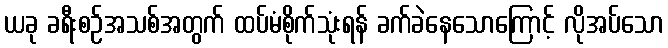
ယခု ခရီးစဉ်အသစ်အတွက် ထပ်မံစိုက်သုံးရန် ခက်ခဲနေသောကြောင့် လိုအပ်သော